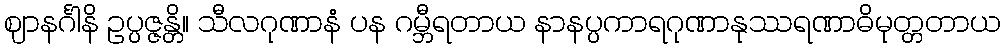
ဈာနင်္ဂါနိ ဥပ္ပဇ္ဇန္တိ။ သီလဂုဏာနံ ပန ဂမ္ဘီရတာယ နာနပ္ပကာရဂုဏာနုဿရဏာဓိမုတ္တတာယ